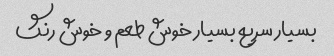
بسیار سریع بسیار خوش طعم و خوش رنگ